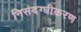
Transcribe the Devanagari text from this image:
निसंदग्धीकरण